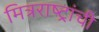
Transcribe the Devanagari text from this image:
मित्रराष्ट्रांची